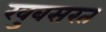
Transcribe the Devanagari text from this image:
खुबसरत